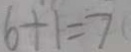
6 + 1 = 7